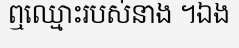
ឮឈ្មោះរបស់នាង ។ឯង